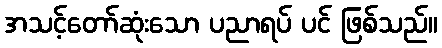
အသင့်တော်ဆုံးသော ပညာရပ် ပင် ဖြစ်သည်။